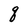
Character: q